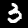
Label: 3